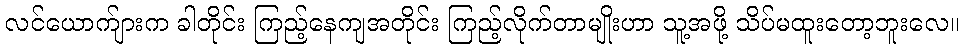
လင်ယောက်ျားက ခါတိုင်း ကြည့်နေကျအတိုင်း ကြည့်လိုက်တာမျိုးဟာ သူ့အဖို့ သိပ်မထူးတော့ဘူးလေ။